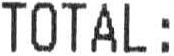
TOTAL :